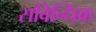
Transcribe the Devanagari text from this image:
सविन्धिक